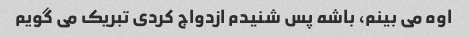
اوه می بینم، باشه پس شنیدم ازدواج کردی تبریک می گویم